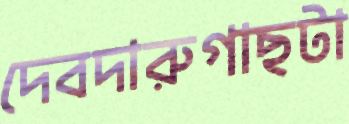
দেবদারুগাছটা